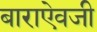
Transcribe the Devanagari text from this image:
बाराऐवजी